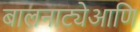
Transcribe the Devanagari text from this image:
बालनाट्येआणि